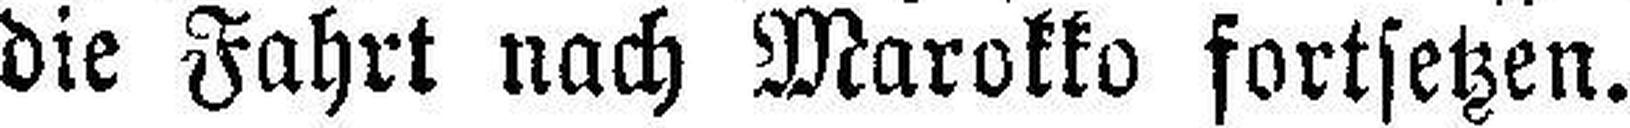
die Fahrt nach Marokko fortsetzen.